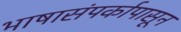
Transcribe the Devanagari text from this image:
भाषासंपर्कापासून